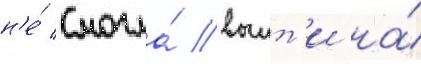
н'е́ смогла́ выит'и на́